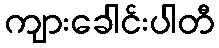
ကျားခေါင်းပါတီ